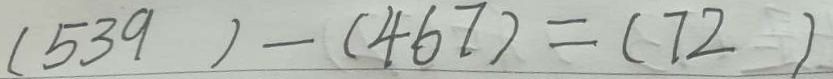
( 5 3 9 ) - ( 4 6 7 ) = ( 7 2 )